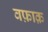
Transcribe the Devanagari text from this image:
वफ़ाक़